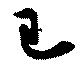
已